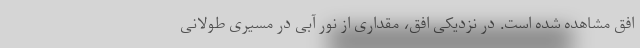
افق مشاهده شده است. در نزدیکی افق، مقداری از نور آبی در مسیری طولانی